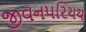
જીવનપરિચય